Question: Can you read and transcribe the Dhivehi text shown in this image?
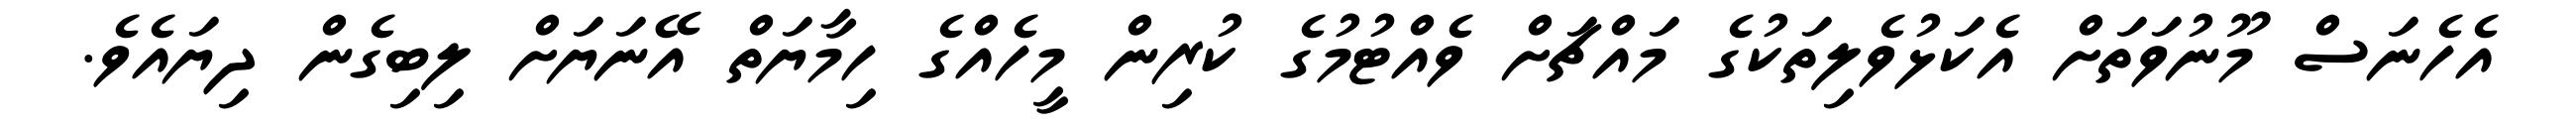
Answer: އެހެނަސް މޫނުވަތަށް އެކަޅުވެލިތަކުގެ މައްޗަށް ވެއްޓުމުގެ ކުރިން މީހެއްގެ ހިމާޔަތް އޭނަޔަށް ލިބިގެން ދިޔައެވެ.